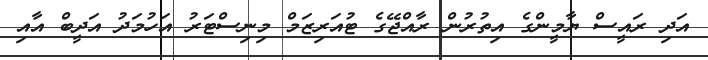
އަދި ރައީސް ޔާމީންގެ އިތުރުން ރާއްޖޭގެ ޓުއަރިޒަމް މިނިސްޓަރު އަހުމަދު އަދީބް އާއި